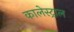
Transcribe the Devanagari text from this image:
कालेस्ट्राल